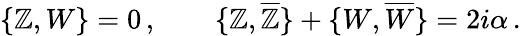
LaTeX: \{ \mathbb{Z},W\} =0\, ,\qquad\{ \mathbb{Z},\overline{{{{\mathbb{Z}}}}}\} +\{ W,\overline{{{{W}}}}\} =2i\alpha\, .